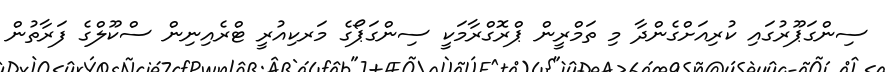
ސިންގަޕޫރުގައި ކުރިއަށްގެންދާ މި ތަމްރީން ޕްރޮގްރާމަކީ ސިންގަޕޯގެ މަރކިއުރީ ޓްރެއިނިން ސްކޫލްގެ ފަރާތުން